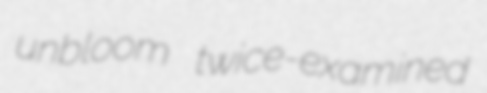
unbloom twice-examined